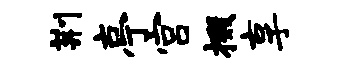
荆亭宫掇享